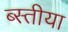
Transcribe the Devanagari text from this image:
ब्स्तीया